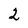
Character: 2